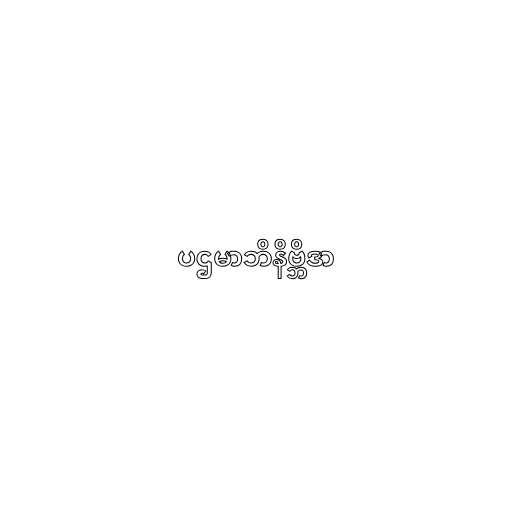
ပဌမာဘိနိဗ္ဘိဒာ